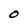
Character: O